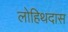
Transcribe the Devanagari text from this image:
लोहिथदास